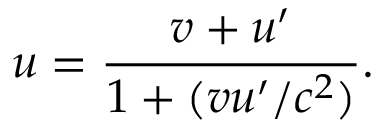
u = { \frac { v + u ^ { \prime } } { 1 + ( v u ^ { \prime } / c ^ { 2 } ) } } .